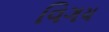
વિગય